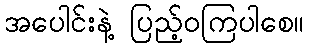
အပေါင်းနဲ့ ပြည့်ဝကြပါစေ။